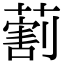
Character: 𦺧